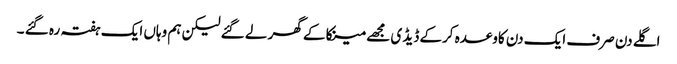
اگلے دن صرف ایک دن کاوعدہ کرکے ڈیڈ ی مجھے مینکا کے گھر لے گئے لیکن ہم وہاں ایک ہفتہ رہ گئے ۔